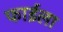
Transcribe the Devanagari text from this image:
फाईला